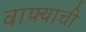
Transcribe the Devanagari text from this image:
वाफ्याची